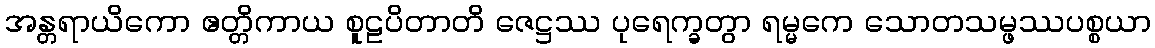
အန္တရာယိကော ဧတ္တိကာယ စူဠပိတာတိ ဇေဋ္ဌဿ ပုရေက္ခတွာ ရမ္မကေ သောတသမ္ဖဿပစ္စယာ